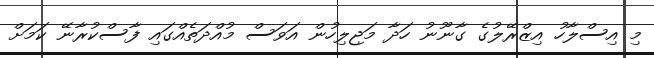
މި އިސްލާހު އިޒްރޭލުގެ ގާނޫނު ހަދާ މަޖިލިހުން އަވަސް މުއްދަތެއްގައި ފާސްކުރާނޭ ކަމަށް